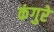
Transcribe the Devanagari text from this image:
कंगुरे